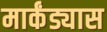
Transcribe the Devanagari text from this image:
मार्कंड्यास